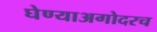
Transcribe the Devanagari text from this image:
घेण्याअगोदरच